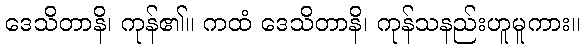
ဒေသိတာနိ၊ ကုန်၏။ ကထံ ဒေသိတာနိ၊ ကုန်သနည်းဟူမူကား။